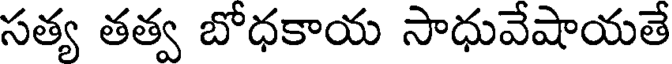
సత్య తత్వ బోధకాయ సాధువేషాయతే